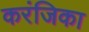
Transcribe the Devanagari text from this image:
करंजिका